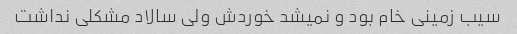
سیب زمینی خام بود و نمیشد خوردش ولی سالاد مشکلی نداشت